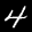
Label: 4